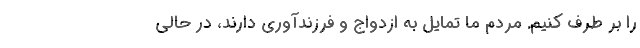
را بر طرف کنیم. مردم ما تمایل به ازدواج و فرزندآوری دارند، در حالی